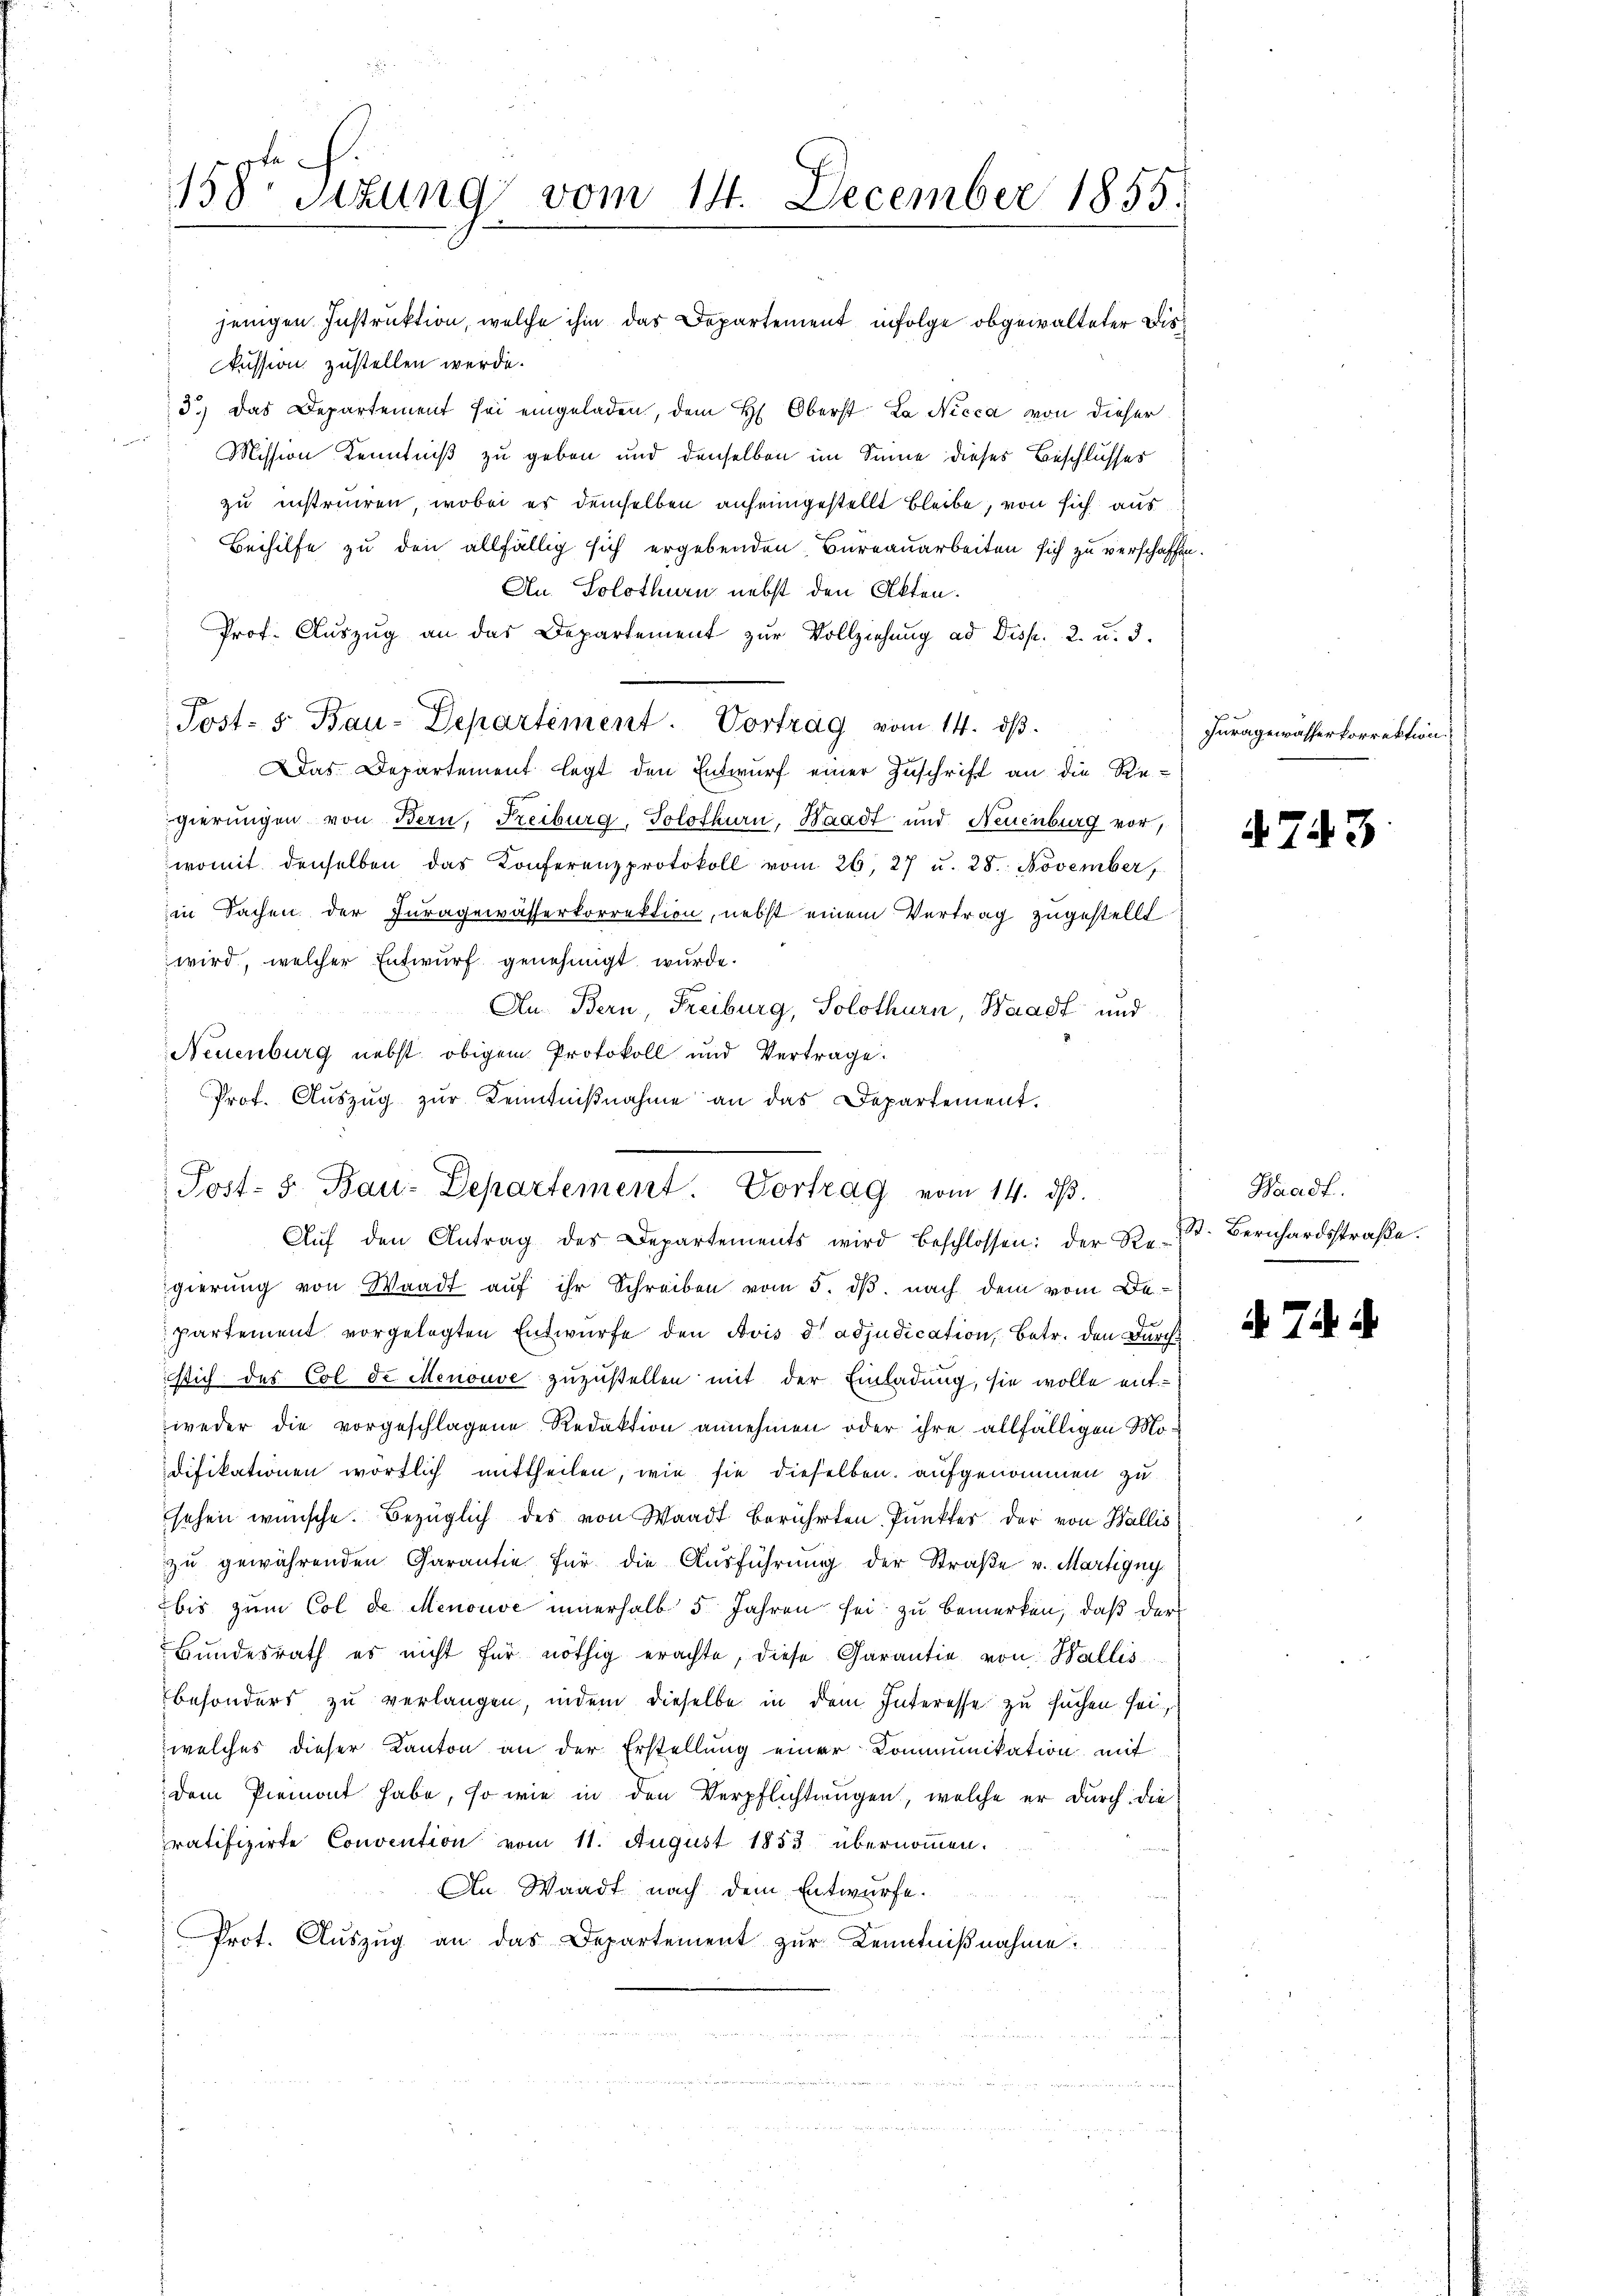
158. Sitzung vom 14. December 1855.

c

jenigen Instruktion, welche ihm das Departement infolge obgewalteter Diskussion zustellen werde.
3.) Das Departement sei eingeladen, dem H. Oberst La Nicca von dieser
Mission Kenntniß zu geben und denselben im Sinne dieses Beschlusses
zu instruiren, wobei es demselben anheimgestellt bleibe, von sich aus
Beihilfe zu den allfällig sich ergebenden Bureauarbeiten sich zu verschaffen.
An Solothurn nebst den Akten.
Prof. Auszug an das Departement zur Vollziehung ad Disp. 2. u. 3.
Das Departement legt den Entwurf einer Zuschrift an die Re-
gierungen von Bern, Freiburg, Solothurn, Waadt und Neuenburg vor,
womit denselben das Konferenzprotokoll vom 26. 27 u. 28. November
in Sachen der Juragewässerkorrektion, nebst einem Vertrag zugestellt
wird, welcher Entwurf genehmigt wurde.
Au Bern Freiburg, Solothurn, Waadt und
Neuenburg nebst obigem Protokoll und Vertrage.
Prof. Auszug zur Kenntnißnahme an das Departement.

Post- 5. Bau-Departement. Vortrag vom 14. dβ.

Post- 5. Bau-Departement. Vortrag vom 14. dβ.
Aŭf den Antrag des Departements wird beschlossen: der Re-

gierung von Waadt aŭf ihr Schreiben vom 5. dβ. nach dem vom De-
partement vorgelegten Entwurfe den Avis d adjudication, Betr. den Durchsich des Col de Menouve zuzustellen mit der Einladung, sie wolle entweder die vorgeschlagene Redaktion annehmen oder ihre allfälligen Modifikationen wortlich mittheilen, wie sie dieselben aufgenommen zu
sehen wünsche. Bezüglich des von Waadt berührten Punkter der von Wallis
zu gewährenden Garantie für die Ausführung der Straße v. Martigny
bis zum Col de Menouve innerhalb 5 Jahren sei zu bemerken, daß der
Bundesrath es nicht für nöthig erachte, diese Garantia von Wallis
besonders zu verlangen, indem dieselbe in dem Interesse zu suchen sei,
welches dieser Kanton an der Erstellung einer Communikation mit
dem Piemont habe, so wie in den Verpflichtungen, welche er durch die
pratifizirte Convention vom 11. August 1853 übernommen.
An Waadt nach dem Entwurfe.
Prot. Aŭszŭg an das Departement zŭr Kenntniβnahme.

Feengewisserteretten

4743

Waadt.
St. Bernhardsstraße.

§ 71